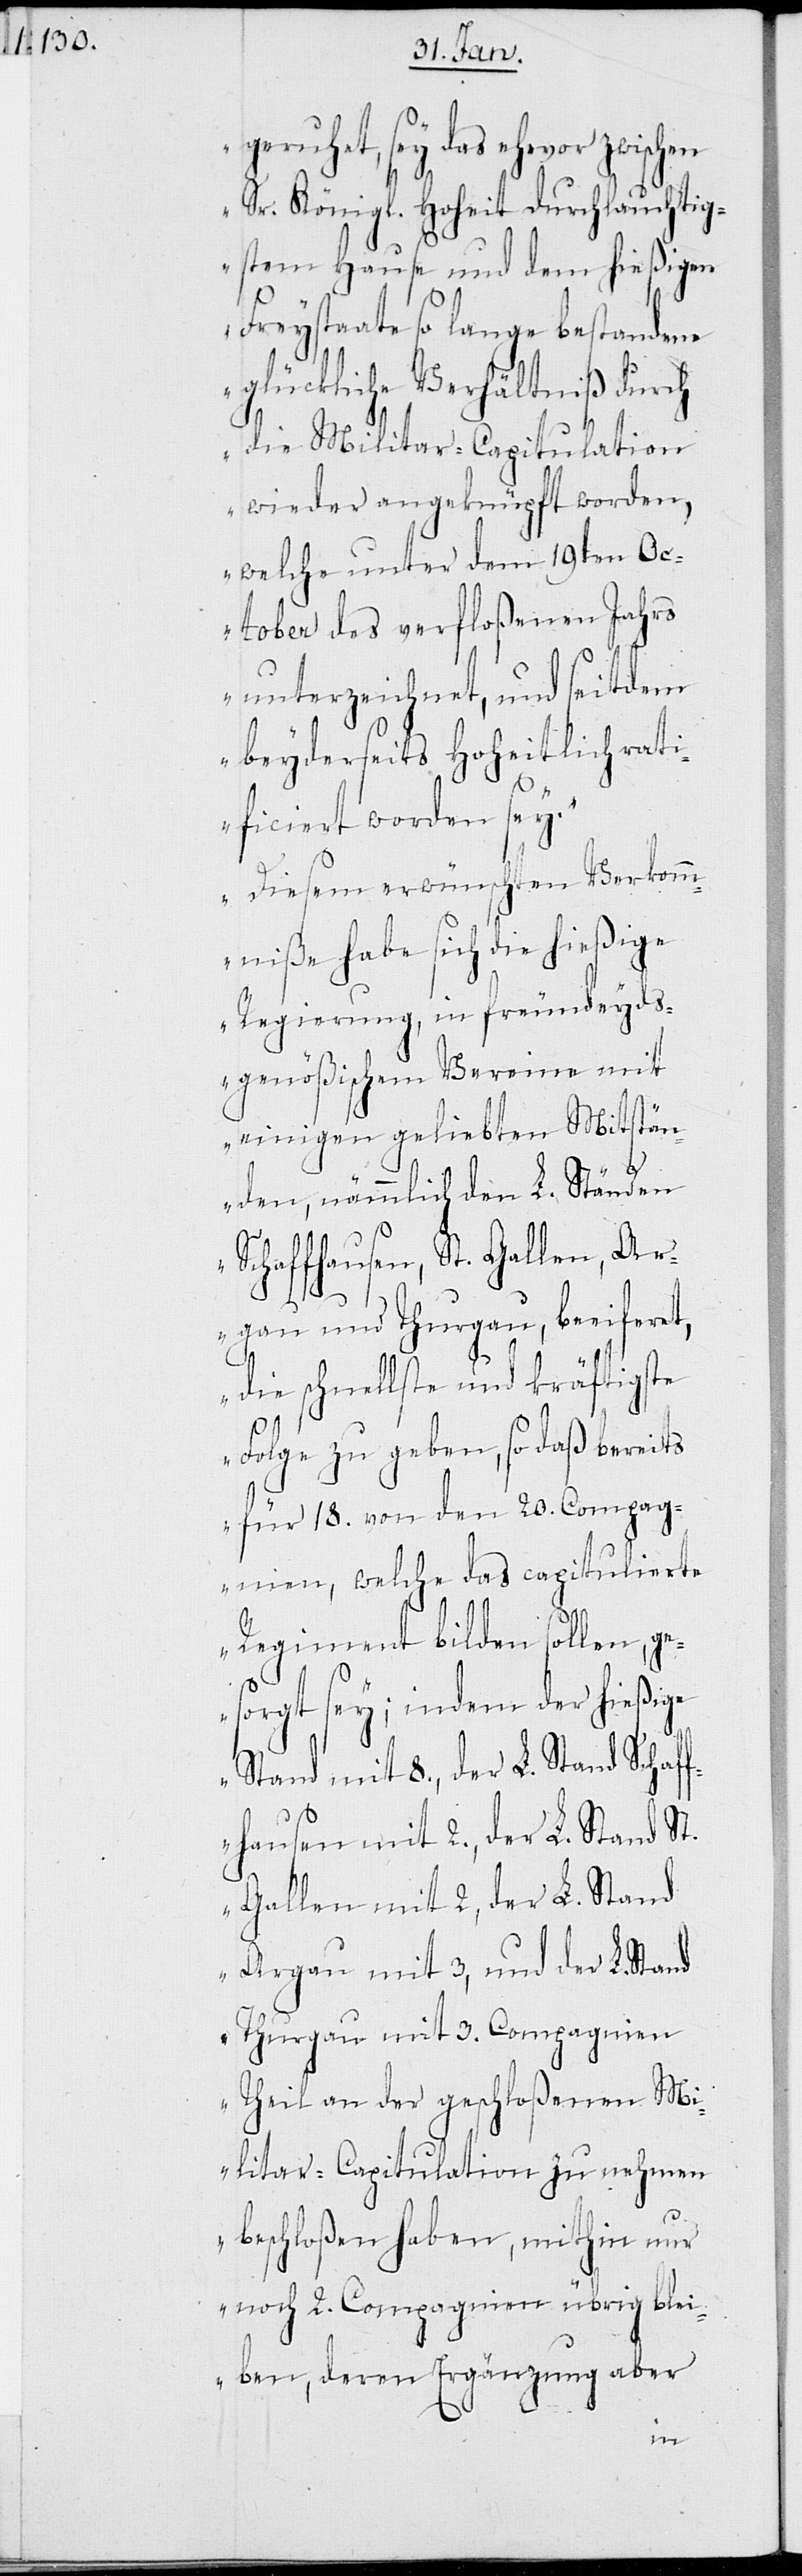
geruhet, sey das ehevor zwischen
Sr. Königl. Hoheit durchlauchtig¬
stem Hause und dem hießigen
Freystaate so lange bestandene
glückliche Verhältniß durch
die Militar-Capitulation
wieder angeknüpft worden,
welche unter dem 19ten Ok¬
tober des verfloßenen Jahrs
unterzeichnet, und seitdem
beyderseits Hoheitlich rati¬
ficiert worden sey.
Diesem erwünschten Verkomm¬
niße habe sich die hießige
Regierung, in freundeyds¬
genößischem Vereine mit
einigen geliebten Mitstän¬
den, nämmlich den L. Ständen
Schaffhausen, St. Gallen, Ar¬
gau und Thurgau, beeiferet,
die schnellste und kräftigste
Folge zu geben, so daß bereits
für 18. von den 20. Compag¬
nien, welche das capitulierte
Regiment bilden sollen, ge¬
sorgt sey; indem der hießige
Stand mit 8., der L. Stand Schaf¬
fhausen mit 2., der L. Stand St.
Gallen mit 2, der L. Stand
Argau mit 3, und der L. Stand
Thurgau mit 3. Compagnien
Theil an der geschloßenen Mi¬
litar-Capitulation zu nehmen
beschloßen haben, mithin nur
noch 2. Compagnien übrig blei¬
ben, deren Ergänzung aber